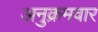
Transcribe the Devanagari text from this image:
अनुक्रमवार